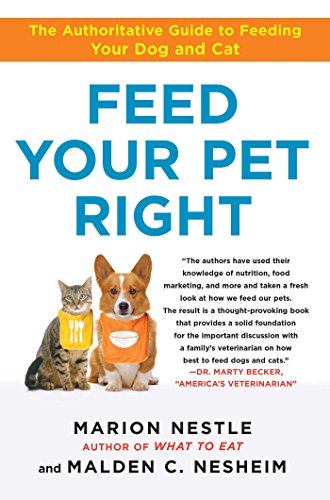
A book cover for Feed Your Pet Right: The Authoritative Guide to Feeding Your Dog and Cat; Marion Nestle; Crafts, Hobbies & Home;